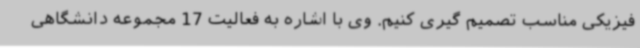
فیزیکی مناسب تصمیم گیری کنیم. وی با اشاره به فعالیت 17 مجموعه دانشگاهی